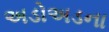
અડોઅડના